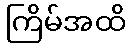
ကြိမ်အထိ